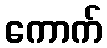
ကောက်